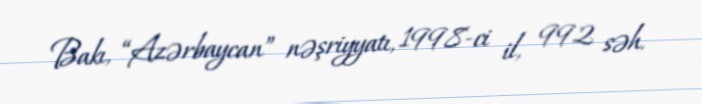
Bakı, “Azərbaycan” nəşriyyatı, 1998-ci il, 992 səh.